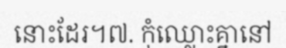
នោះដែរ។៧. កុំឈ្លោះគ្នានៅ